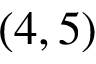
( 4 , 5 )